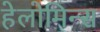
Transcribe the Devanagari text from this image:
हेलोमिन्स